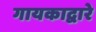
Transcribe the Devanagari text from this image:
गायकाद्वारे